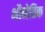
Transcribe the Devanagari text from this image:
भौमेतिक